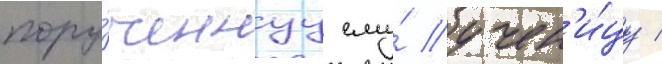
пору́ченнуу ему́ учен'и́цу /